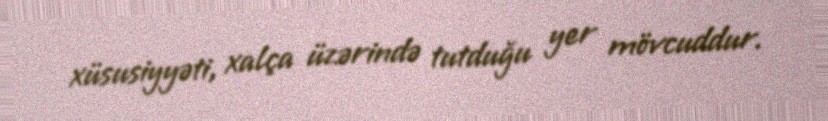
xüsusiyyəti, xalça üzərində tutduğu yer mövcuddur.